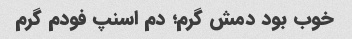
خوب بود دمش گرم؛ دم اسنپ فودم گرم